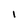
Character: I